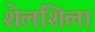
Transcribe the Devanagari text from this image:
शेलशिला